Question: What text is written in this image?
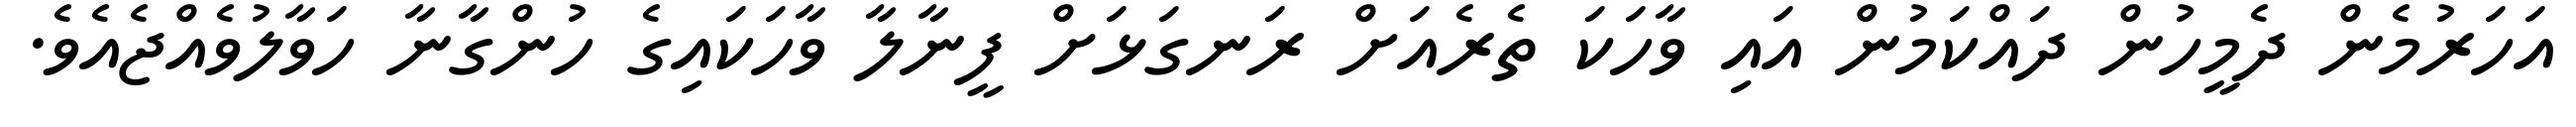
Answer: އަހަރުމެން ދެމީހުން ދައްކަމުން އައި ވާހަކަ ތެރެއަށް ރަނގަޅަށް ފީނާލާ ވާހަކައިގެ ހުންގާނާ ހަވާލުވެއްޖެއެވެ.